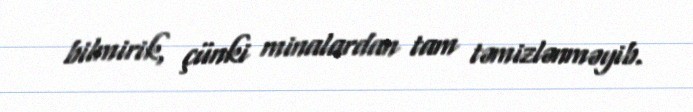
bilmirik, çünki minalardan tam təmizlənməyib.